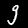
Label: 9